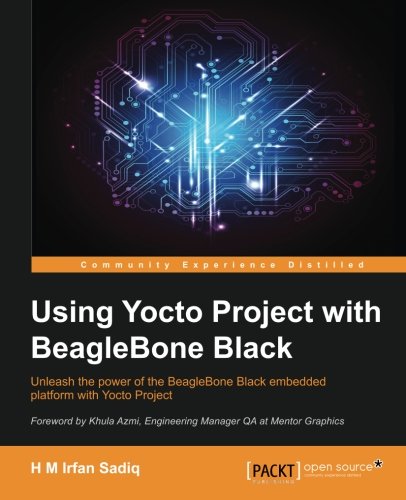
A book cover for Using Yocto Project with BeagleBone Black; H M Irfan Sadiq; Computers & Technology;